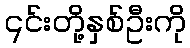
၎င်းတို့နှစ်ဦးကို